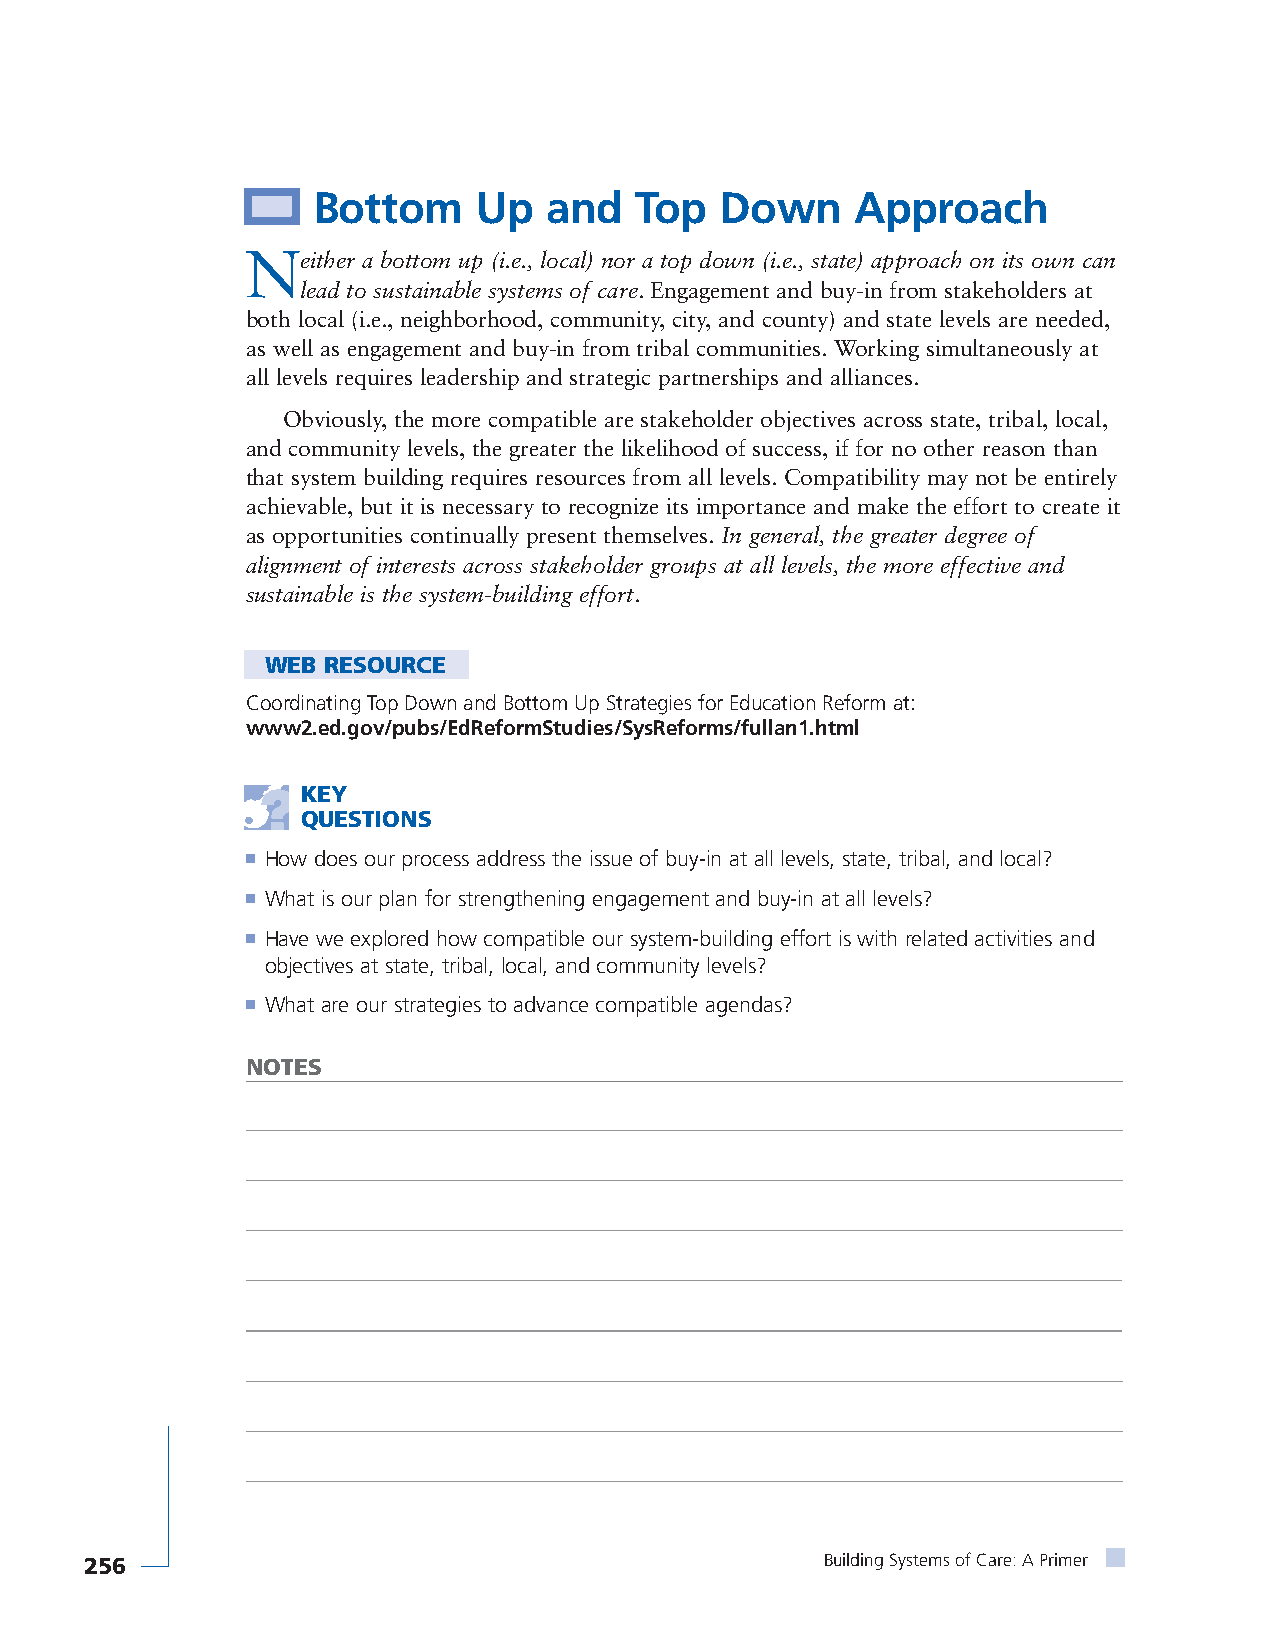
Bottom    Up   and   Top   Down     Approach
 Neither a bottom up (i.e., local) nor a top down (i.e., state) approach on its own can
 lead to sustainable systems of care. Engagement and buy-in from stakeholders at
 both local (i.e., neighborhood, community, city, and county) and state levels are needed,
 as well as engagement and buy-in from tribal communities. Working simultaneously at
 all levels requires leadership and strategic partnerships and alliances.
 Obviously, the more compatible are stakeholder objectives across state, tribal, local,
 and community levels, the greater the likelihood of success, if for no other reason than
 that system building requires resources from all levels. Compatibility may not be entirely
 achievable, but it is necessary to recognize its importance and make the effort to create it
 as opportunities continually present themselves. In general, the greater degree of
 alignment of interests across stakeholder groups at all levels, the more effective and
 sustainable is the system-building effort.
 WEB RESOURCE
 Coordinating Top Down and Bottom Up Strategies for Education Reform at:
 www2.ed.gov/pubs/EdReformStudies/SysReforms/fullan1.html
 KEY
 QUESTIONS
 ■ How does our process address the issue of buy-in at all levels, state, tribal, and local?
 ■ What is our plan for strengthening engagement and buy-in at all levels?
 ■ Have we explored how compatible our system-building effort is with related activities and
 objectives at state, tribal, local, and community levels?
 ■ What are our strategies to advance compatible agendas?
 NOTES
 256                                              Building Systems of Care: A Primer